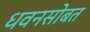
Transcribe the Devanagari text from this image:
धवनसोबत